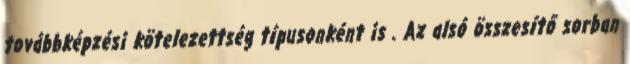
továbbképzési kötelezettség típusonként is . Az alsó összesítő sorban